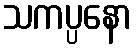
သကပ္ပနော